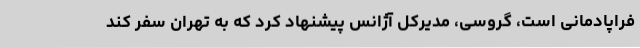
فراپادمانی است، گروسی، مدیرکل آژانس پیشنهاد کرد که به تهران سفر کند